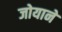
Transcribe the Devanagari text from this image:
जोयाने